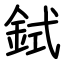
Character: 鉽